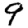
Digit: 9